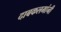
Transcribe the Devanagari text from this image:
दाबकलमांनी